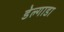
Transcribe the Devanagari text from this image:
डेल्गाडा